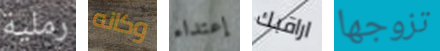
رملية وكانه إعتداء اراقبك تزوجها